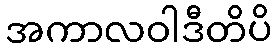
အကာလဝါဒီတိပိ